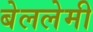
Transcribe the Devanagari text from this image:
बेललेमी